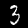
Label: 3